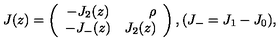
J ( z ) = \left( \begin{array} { c r } { - J _ { 2 } ( z ) } & { \rho } \\ { - J _ { - } ( z ) } & { J _ { 2 } ( z ) } \\ \end{array} \right) , ( J _ { - } = J _ { 1 } - J _ { 0 } ) ,